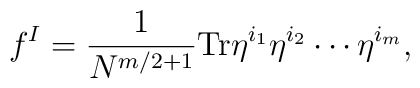
f^I = \frac{1}{N^{m/2 + 1}} {\rm Tr} \eta^{i_1} \eta^{i_2} \cdots \eta^{i_m},